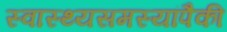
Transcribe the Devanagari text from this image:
स्वास्थ्यसमस्यांपैकी